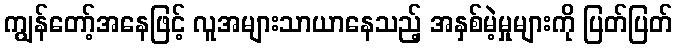
ကျွန်တော့်အနေဖြင့် လူအများသာယာနေသည့် အနှစ်မဲ့မှုများကို ပြတ်ပြတ်